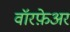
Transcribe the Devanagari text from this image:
वॉरफ़ेअर